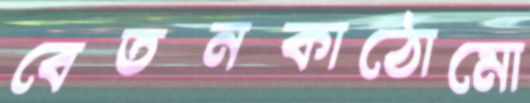
বেতনকাঠোমো